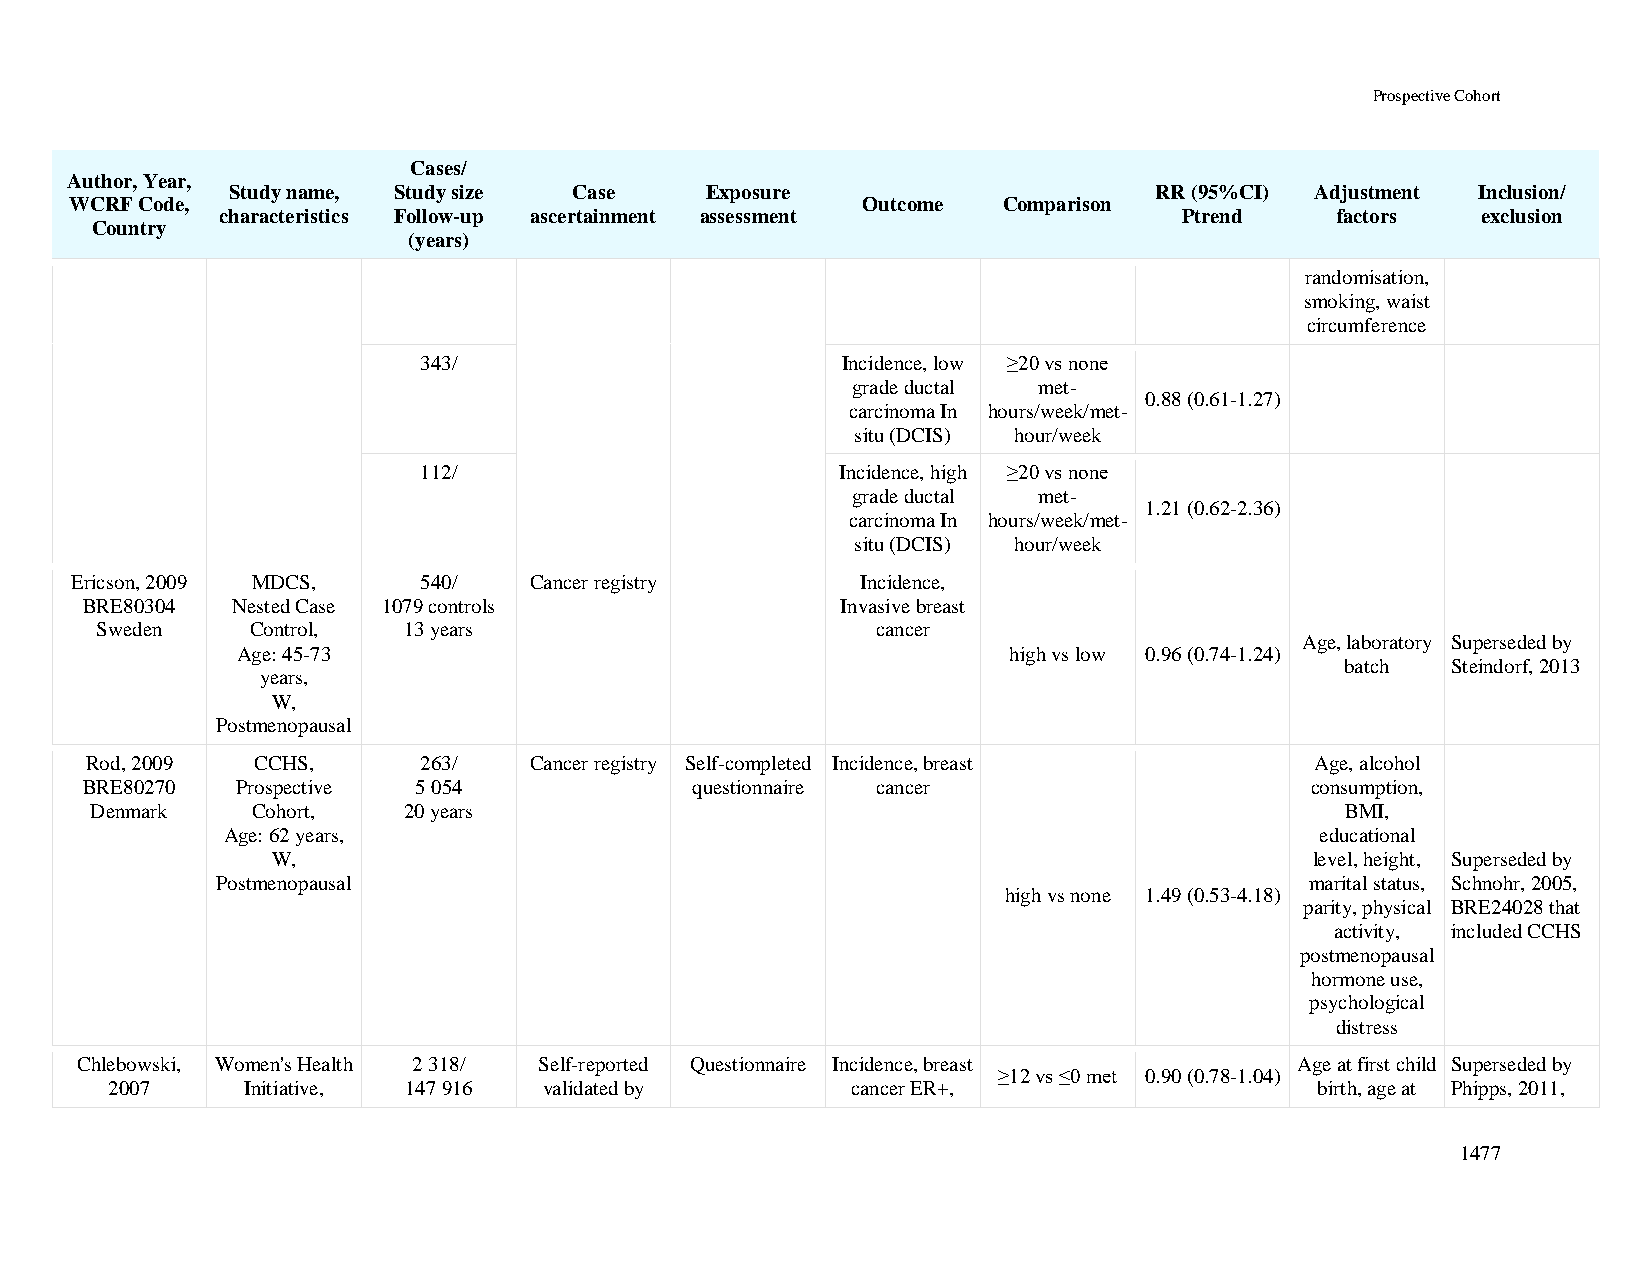
Prospective Cohort
 Cases/
 Author, Year,
 Study name, Study size Case     Exposure                     RR (95%CI) Adjustment Inclusion/
 WCRF Code,                                          Outcome  Comparison
 characteristics Follow-up ascertainment assessment             Ptrend    factors   exclusion
 Country
 (years)
 randomisation,
 smoking, waist
 circumference
 343/                        Incidence, low ≥20 vs none
 grade ductal met-
 0.88 (0.61-1.27)
 carcinoma In hours/week/met-
 situ (DCIS) hour/week
 112/                        Incidence, high ≥20 vs none
 grade ductal met-
 1.21 (0.62-2.36)
 carcinoma In hours/week/met-
 situ (DCIS) hour/week
 Ericson, 2009 MDCS,    540/   Cancer registry       Incidence,
 BRE80304  Nested Case 1079 controls                Invasive breast
 Sweden     Control,  13 years                       cancer
 Age, laboratory Superseded by
 Age: 45-73                                         high vs low 0.96 (0.74-1.24)
 batch  Steindorf, 2013
 years,
 W,
 Postmenopausal
 Rod, 2009  CCHS,      263/   Cancer registry Self-completed Incidence, breast    Age, alcohol
 BRE80270   Prospective 5 054             questionnaire cancer                     consumption,
 Denmark    Cohort,   20 years                                                      BMI,
 Age: 62 years,                                                          educational
 W,                                                                   level, height, Superseded by
 Postmenopausal                                                           marital status, Schnohr, 2005,
 high vs none 1.49 (0.53-4.18)
 parity, physical BRE24028 that
 activity, included CCHS
 postmenopausal
 hormone use,
 psychological
 distress
 Chlebowski, Women's Health 2 318/ Self-reported Questionnaire Incidence, breast  Age at first child Superseded by
 ≥12 vs ≤0 met 0.90 (0.78-1.04)
 2007     Initiative, 147 916 validated by        cancer ER+,                    birth, age at Phipps, 2011,
 1477